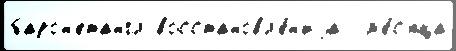
барон'етангл восстановл'е́н'иjа  м'е́с'яца